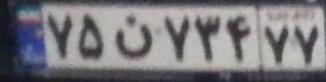
۷۵ن۷۳۴۷۷